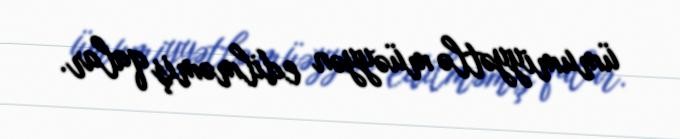
ümumiyyətlə müəyyən edilməmiş qalar.